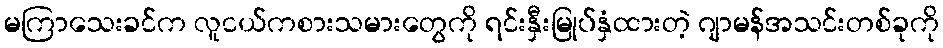
မကြာသေးခင်က လူငယ်ကစားသမားတွေကို ရင်းနှီးမြုပ်နှံထားတဲ့ ဂျာမန်အသင်းတစ်ခုကို